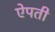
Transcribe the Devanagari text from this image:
ऐपती